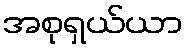
အစုရှယ်ယာ